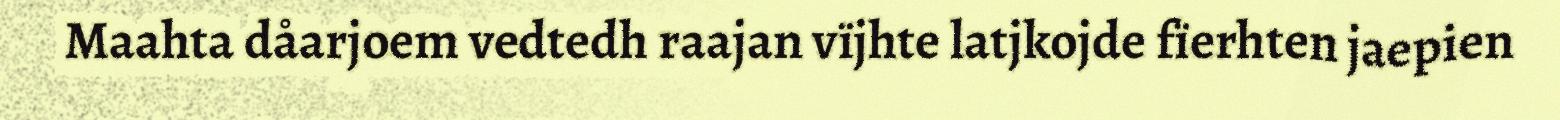
Maahta dåarjoem vedtedh raajan vïjhte latjkojde fïerhten jaepien